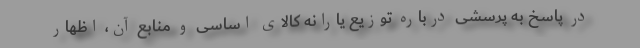
در پاسخ به پرسشی درباره توزیع یارانه کالای اساسی و منابع آن، اظهار